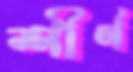
শীর্ণ